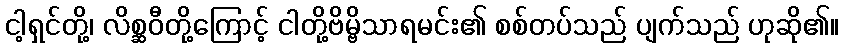
ငါ့ရှင်တို့၊ လိစ္ဆဝီတို့ကြောင့် ငါတို့ဗိမ္ဗိသာရမင်း၏ စစ်တပ်သည် ပျက်သည် ဟုဆို၏။